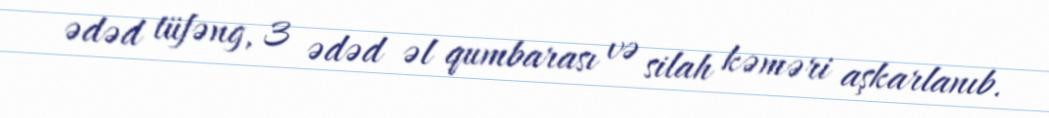
ədəd tüfəng, 3 ədəd əl qumbarası və silah kəməri aşkarlanıb.